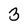
Character: 3